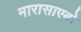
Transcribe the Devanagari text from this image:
मारासाएबो